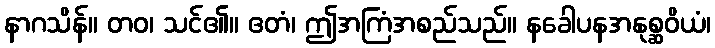
နာဂသိန်။ တဝ၊ သင်၏။ ဧတံ၊ ဤအကြံအစည်သည်။ နခေါပနအနုစ္ဆဝိယံ၊